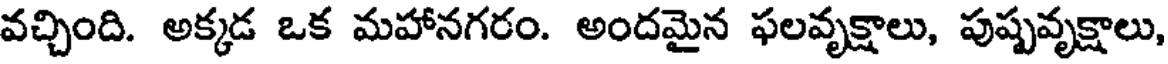
వచ్చింది. అక్కడ ఒక మహానగరం. అందమైన ఫలవృక్షాలు, పుష్పవృక్షాలు,